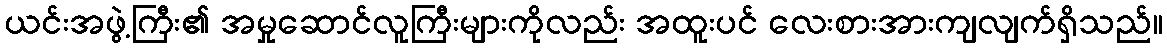
ယင်းအဖွဲ့ကြီး၏ အမှုဆောင်လူကြီးများကိုလည်း အထူးပင် လေးစားအားကျလျက်ရှိသည်။